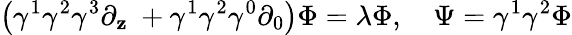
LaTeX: \left(\gamma^{1}\gamma^{2}\gamma^{3}\partial_{\mathbf{z}}\ +\gamma^{1}\gamma^{2}\gamma^{0}\partial_{0}\right)\Phi=\lambda\Phi,\quad\Psi=\gamma^{1}\gamma^{2}\Phi